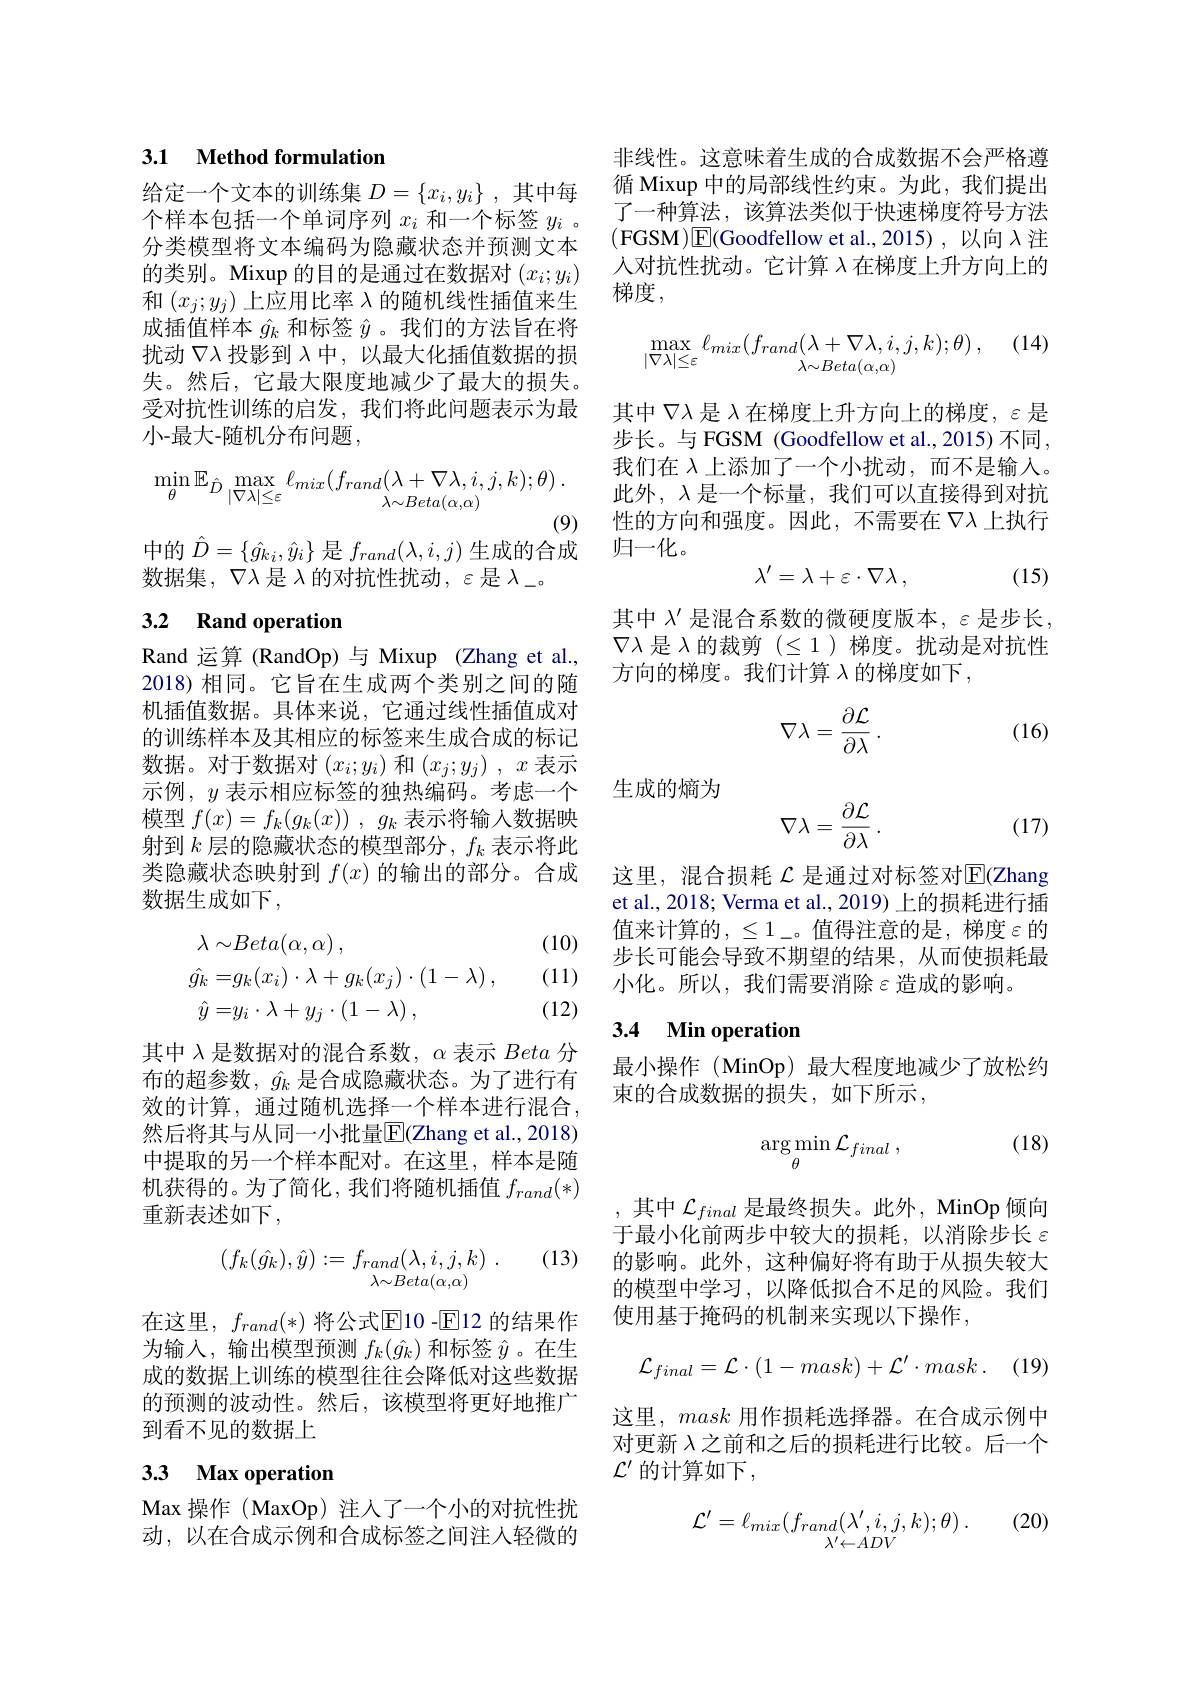
### 3.1 Method formulation

给定一个文本的训练集$D=\{x_i,y_i\}$ ,其中每个样本包括一个单词序列$x_i$和一个标签$y_i$ 。分类模型将文本编码为隐藏状态并预测文本的类别。Mixup 的目的是通过在数据对$(x_i;y_i)$ 和$(x_j;y_j)$上应用比率$\lambda$的随机线性插值来生成插值样本$\hat{g}_k$和标签$\hat{y}$ 。我们的方法旨在将扰动$\nabla\lambda$投影到$\lambda$中，以最大化插值数据的损失。然后，它最大限度地减少了最大的损失。受对抗性训练的启发，我们将此问题表示为最小-最大-随机分布问题，
$$\min_{\theta}\mathbb{E}_{\hat{D}}\max_{|\nabla\lambda|\leq\varepsilon}\ell_{mix}(f_{rand}(\lambda+\nabla\lambda,i,j,k);\theta)\:.$$
(9)

中的$\hat{D}=\{\hat{g}_{ki},\hat{y}_{i}\}$是$f_rand(\lambda,i,j)$生成的合成

数据集，$\nabla\lambda$是$\lambda$的对抗性扰动$,\varepsilon$是$\lambda_-$。

## 3.2 Rand operation

Rand 运算 (RandOp)与 Mixup (Zhang et al., 2018)相同。它旨在生成两个类别之间的随机插值数据。具体来说，它通过线性插值成对的训练样本及其相应的标签来生成合成的标记数据。对于数据对$(x_i;y_i)$和$(x_j;y_j),x$表示示例，$y$表示相应标签的独热编码。考虑一个模型$f( x) = f_k( g_k( x) )$ , $g_k$表示将输入数据映射到$k$层的隐藏状态的模型部分，$f_k$表示将此类隐藏状态映射到$f(x)$的输出的部分。合成数据生成如下，

(10)

(11)
$$\begin{aligned}\lambda\sim&Beta(\alpha,\alpha)\:,\\\hat{g_{k}}=&g_{k}(x_{i})\cdot\lambda+g_{k}(x_{j})\cdot(1-\lambda)\:,\\\hat{y}=&y_{i}\cdot\lambda+y_{j}\cdot(1-\lambda)\:,\end{aligned}$$
(12)

其中$\lambda$是数据对的混合系数，$\alpha$表示Beta分布的超参数，$\hat{g}_k$是合成隐藏状态。为了进行有效的计算，通过随机选择一个样本进行混合， 然后将其与从同一小批量$\overline{\mathrm{E}}($Zhang et al., 2018) 中提取的另一个样本配对。在这里，样本是随机获得的。为了简化，我们将随机插值$f_{rand}(*)$ 重新表述如下，

(13)
$$\begin{array}{c}(f_k(\hat{g_k}),\hat{y}):=f_{rand}(\lambda,i,j,k)\\\lambda{\sim}Beta(\alpha,\alpha)\end{array}.$$
在这里，$f_{rand}(*)$ 将公式$\mathbb{E}$10 -$\mathbb{E}$12 的结果作为输入，输出模型预测$f_k(\hat{g}_k)$和标签$\hat{y}$ 。在生成的数据上训练的模型往往会降低对这些数据的预测的波动性。然后，该模型将更好地推广到看不见的数据上

# 3.3 Max operation

Max 操作(MaxOp)注人了一个小的对抗性扰动，以在合成示例和合成标签之间注入轻微的

非线性。这意味着生成的合成数据不会严格遵循 Mixup 中的局部线性约束。为此，我们提出了一种算法，该算法类似于快速梯度符号方法(FGSM)E(Goodfellow et al.,2015),以向$\lambda$注人对抗性扰动。它计算$\lambda$在梯度上升方向上的梯度，
$$\max\limits_{|\nabla\lambda|\leq\varepsilon}\ell_{mix}(f_{rand}(\lambda+\nabla\lambda,i,j,k);\theta)\:,$$
其中$\nabla\lambda$是$\lambda$在梯度上升方向上的梯度，$\varepsilon$是步长。与 FGSM (Goodfellow et al., 2015) 不同， 我们在$\lambda$上添加了一个小扰动，而不是输入。此外，$\lambda$是一个标量，我们可以直接得到对抗性的方向和强度。因此，不需要在$\nabla\lambda$上执行归一化。
$$\lambda'=\lambda+\varepsilon\cdot\nabla\lambda\:,$$
(15)

其中$\lambda^{\prime}$是混合系数的微硬度版本$,\varepsilon$是步长. $\nabla\lambda$是$\lambda$的裁剪$(\leq1)$梯度。扰动是对抗性方向的梯度。我们计算$\lambda$的梯度如下，
$$\nabla\lambda=\frac{\partial\mathcal{L}}{\partial\lambda}\:.$$
(16)

生成的熵为
$$\nabla\lambda=\frac{\partial\mathcal{L}}{\partial\lambda}\:.$$
(17)

这里，混合损耗 $\mathcal{L}$ 是通过对标签对$\overline{\mathbb{E}}$(Zhang et al., 2018; Verma et al., 2019) 上的损耗进行插值来计算的，$\leq1$\_。值得注意的是，梯度$\varepsilon$的步长可能会导致不期望的结果，从而使损耗最小化。所以，我们需要消除$\varepsilon$造成的影响。

# 3.4 Min operation

最小操作 (MinOp) 最大程度地减少了放松约
束的合成数据的损失，如下所示，

(18)
$$\underset{\theta}{\arg\min}\mathcal{L}_{final}\:,$$
,其中$\mathcal{L}_final$是最终损失。此外，MinOp 倾向于最小化前两步中较大的损耗，以消除步长$\varepsilon$ 的影响。此外，这种偏好将有助于从损失较大的模型中学习，以降低拟合不足的风险。我们使用基于掩码的机制来实现以下操作，
$$\mathcal{L}_{final}=\mathcal{L}\cdot(1-mask)+\mathcal{L}'\cdot mask\:.$$
这里，mask用作损耗选择器。在合成示例中对更新$\lambda$之前和之后的损耗进行比较。后一个$\mathcal{L}^{\prime}$ 的计算如下，

(20)
$$\mathcal{L'}=\ell_{mix}(f_{rand}(\lambda',i,j,k);\theta)\:.$$